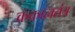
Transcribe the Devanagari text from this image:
कंकालतंत्र